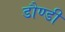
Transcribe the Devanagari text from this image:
डौण्डी